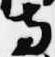
寺